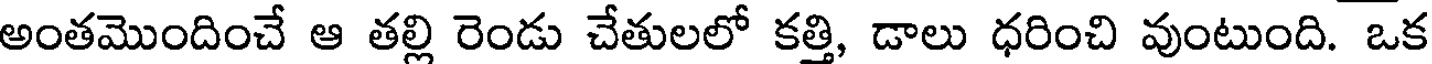
అంతమొందించే ఆ తల్లి రెండు చేతులలో కత్తి, డాలు ధరించి వుంటుంది. ఒక